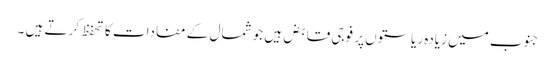
جنوب میں زیادہ ریاستوں پر فوجی قابض ہیں جو شمال کے مفادات کا تحفظ کرتے ہیں ۔